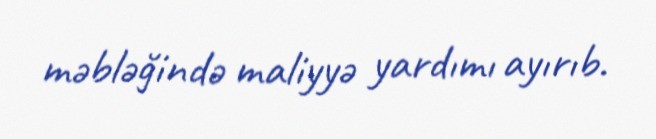
məbləğində maliyyə yardımı ayırıb.